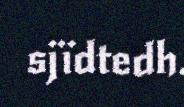
sjïdtedh.